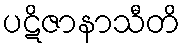
ပဋိဇာနာသီတိ